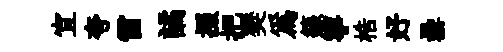
宜夸雷譎掇把樊爲籙寧梏好罍